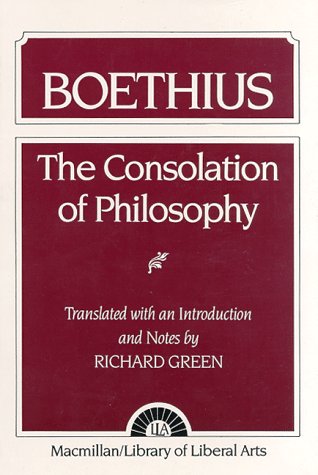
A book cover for The Consolation of Philosophy: Boethius; Richard H. Green; Politics & Social Sciences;